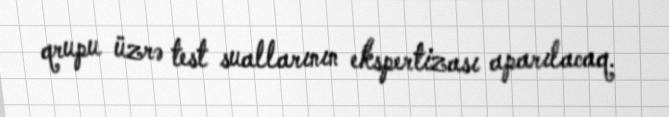
qrupu üzrə test suallarının ekspertizası aparılacaq.